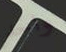
واحد